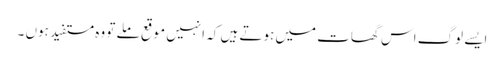
ایسے لوگ اس گھات میں ہوتے ہیں کہ انہیں موقع ملے تو وہ مستفید ہوں ۔